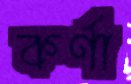
কর্ণা